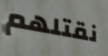
نقتلهم